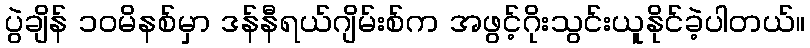
ပွဲချိန် ၁၀မိနစ်မှာ ဒန်နီရယ်ဂျိမ်းစ်က အဖွင့်ဂိုးသွင်းယူနိုင်ခဲ့ပါတယ်။